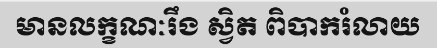
មានលក្ខណៈរឹង ស្វិត ពិបាករំលាយ